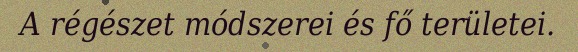
A régészet módszerei és fő területei.